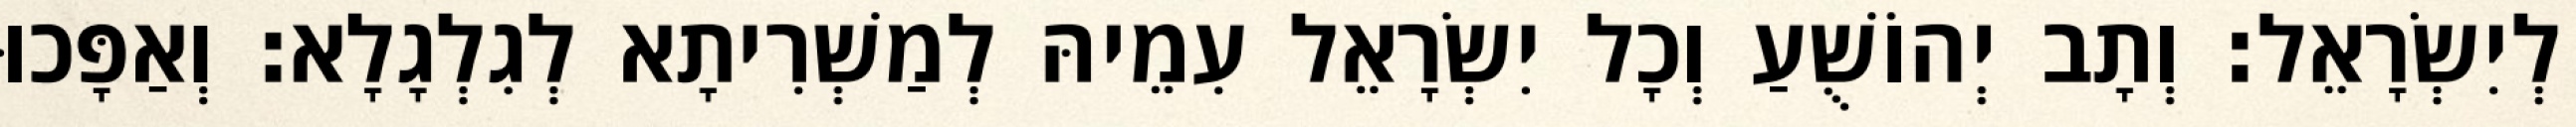
לְיִשְׂרָאֵל׃ וְתָב יְהוֹשֻׁעַ וְכָל יִשְׂרָאֵל עִמֵיהּ לְמַשְׁרִיתָא לְגִלְגָלָא׃ וְאַפָּכוּ